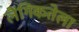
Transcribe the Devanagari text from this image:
लैंगिकतेला